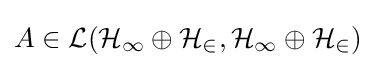
A\in {\mathcal {L(H_{1}\oplus H_{2},H_{1}\oplus H_{2})}}